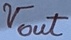
Text: Vout